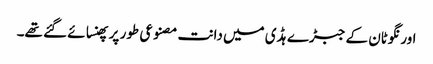
اورنگوٹان کے جبڑے ہڈی میں دانت مصنوعی طور پر پھنسائے گئے تھے۔